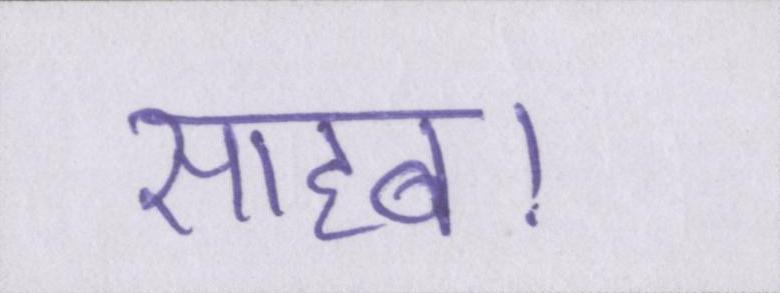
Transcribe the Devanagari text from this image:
साहब।